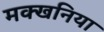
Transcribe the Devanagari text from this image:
मक्खनिया